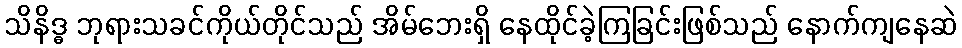
သိနိဒ္ဓ ဘုရားသခင်ကိုယ်တိုင်သည် အိမ်ဘေးရှိ နေထိုင်ခဲ့ကြခြင်းဖြစ်သည် နောက်ကျနေဆဲ